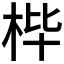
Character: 𮲰